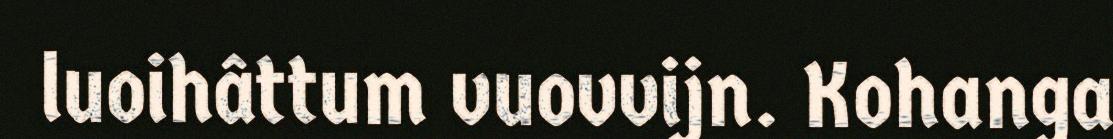
luoihâttum vuovvijn. Kohanga